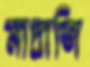
মাদ্রাজি